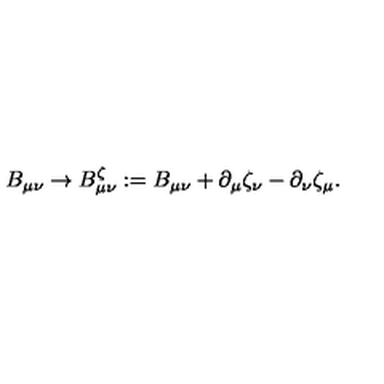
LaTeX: B _ { \mu \nu } \rightarrow B _ { \mu \nu } ^ { \zeta } : = B _ { \mu \nu } + \partial _ { \mu } \zeta _ { \nu } - \partial _ { \nu } \zeta _ { \mu } .